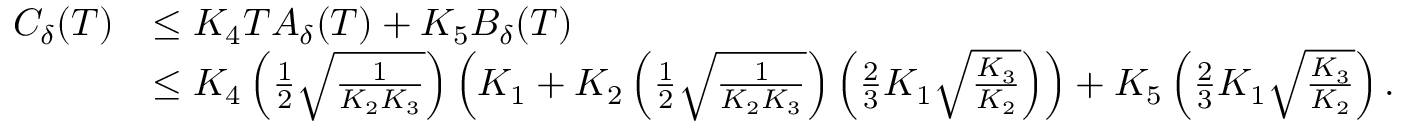
\begin{array} { r l } { C _ { \delta } ( T ) } & { \leq K _ { 4 } T A _ { \delta } ( T ) + K _ { 5 } B _ { \delta } ( T ) } \\ & { \leq K _ { 4 } \left( \frac { 1 } { 2 } \sqrt { \frac { 1 } { K _ { 2 } K _ { 3 } } } \right) \left( K _ { 1 } + K _ { 2 } \left( \frac { 1 } { 2 } \sqrt { \frac { 1 } { K _ { 2 } K _ { 3 } } } \right) \left( \frac { 2 } { 3 } K _ { 1 } \sqrt { \frac { K _ { 3 } } { K _ { 2 } } } \right) \right) + K _ { 5 } \left( \frac { 2 } { 3 } K _ { 1 } \sqrt { \frac { K _ { 3 } } { K _ { 2 } } } \right) . } \end{array}